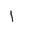
Letter: _alif